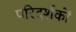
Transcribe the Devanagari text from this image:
परिदर्शकों